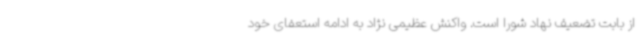
از بابت تضعیف نهاد شورا است. واکنش عظیمی نژاد به ادامه استعفای خود